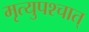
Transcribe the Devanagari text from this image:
मृत्युपश्चात्